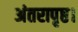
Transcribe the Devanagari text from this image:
अंतरापृष्ठ।